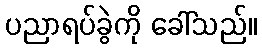
ပညာရပ်ခွဲကို ခေါ်သည်။